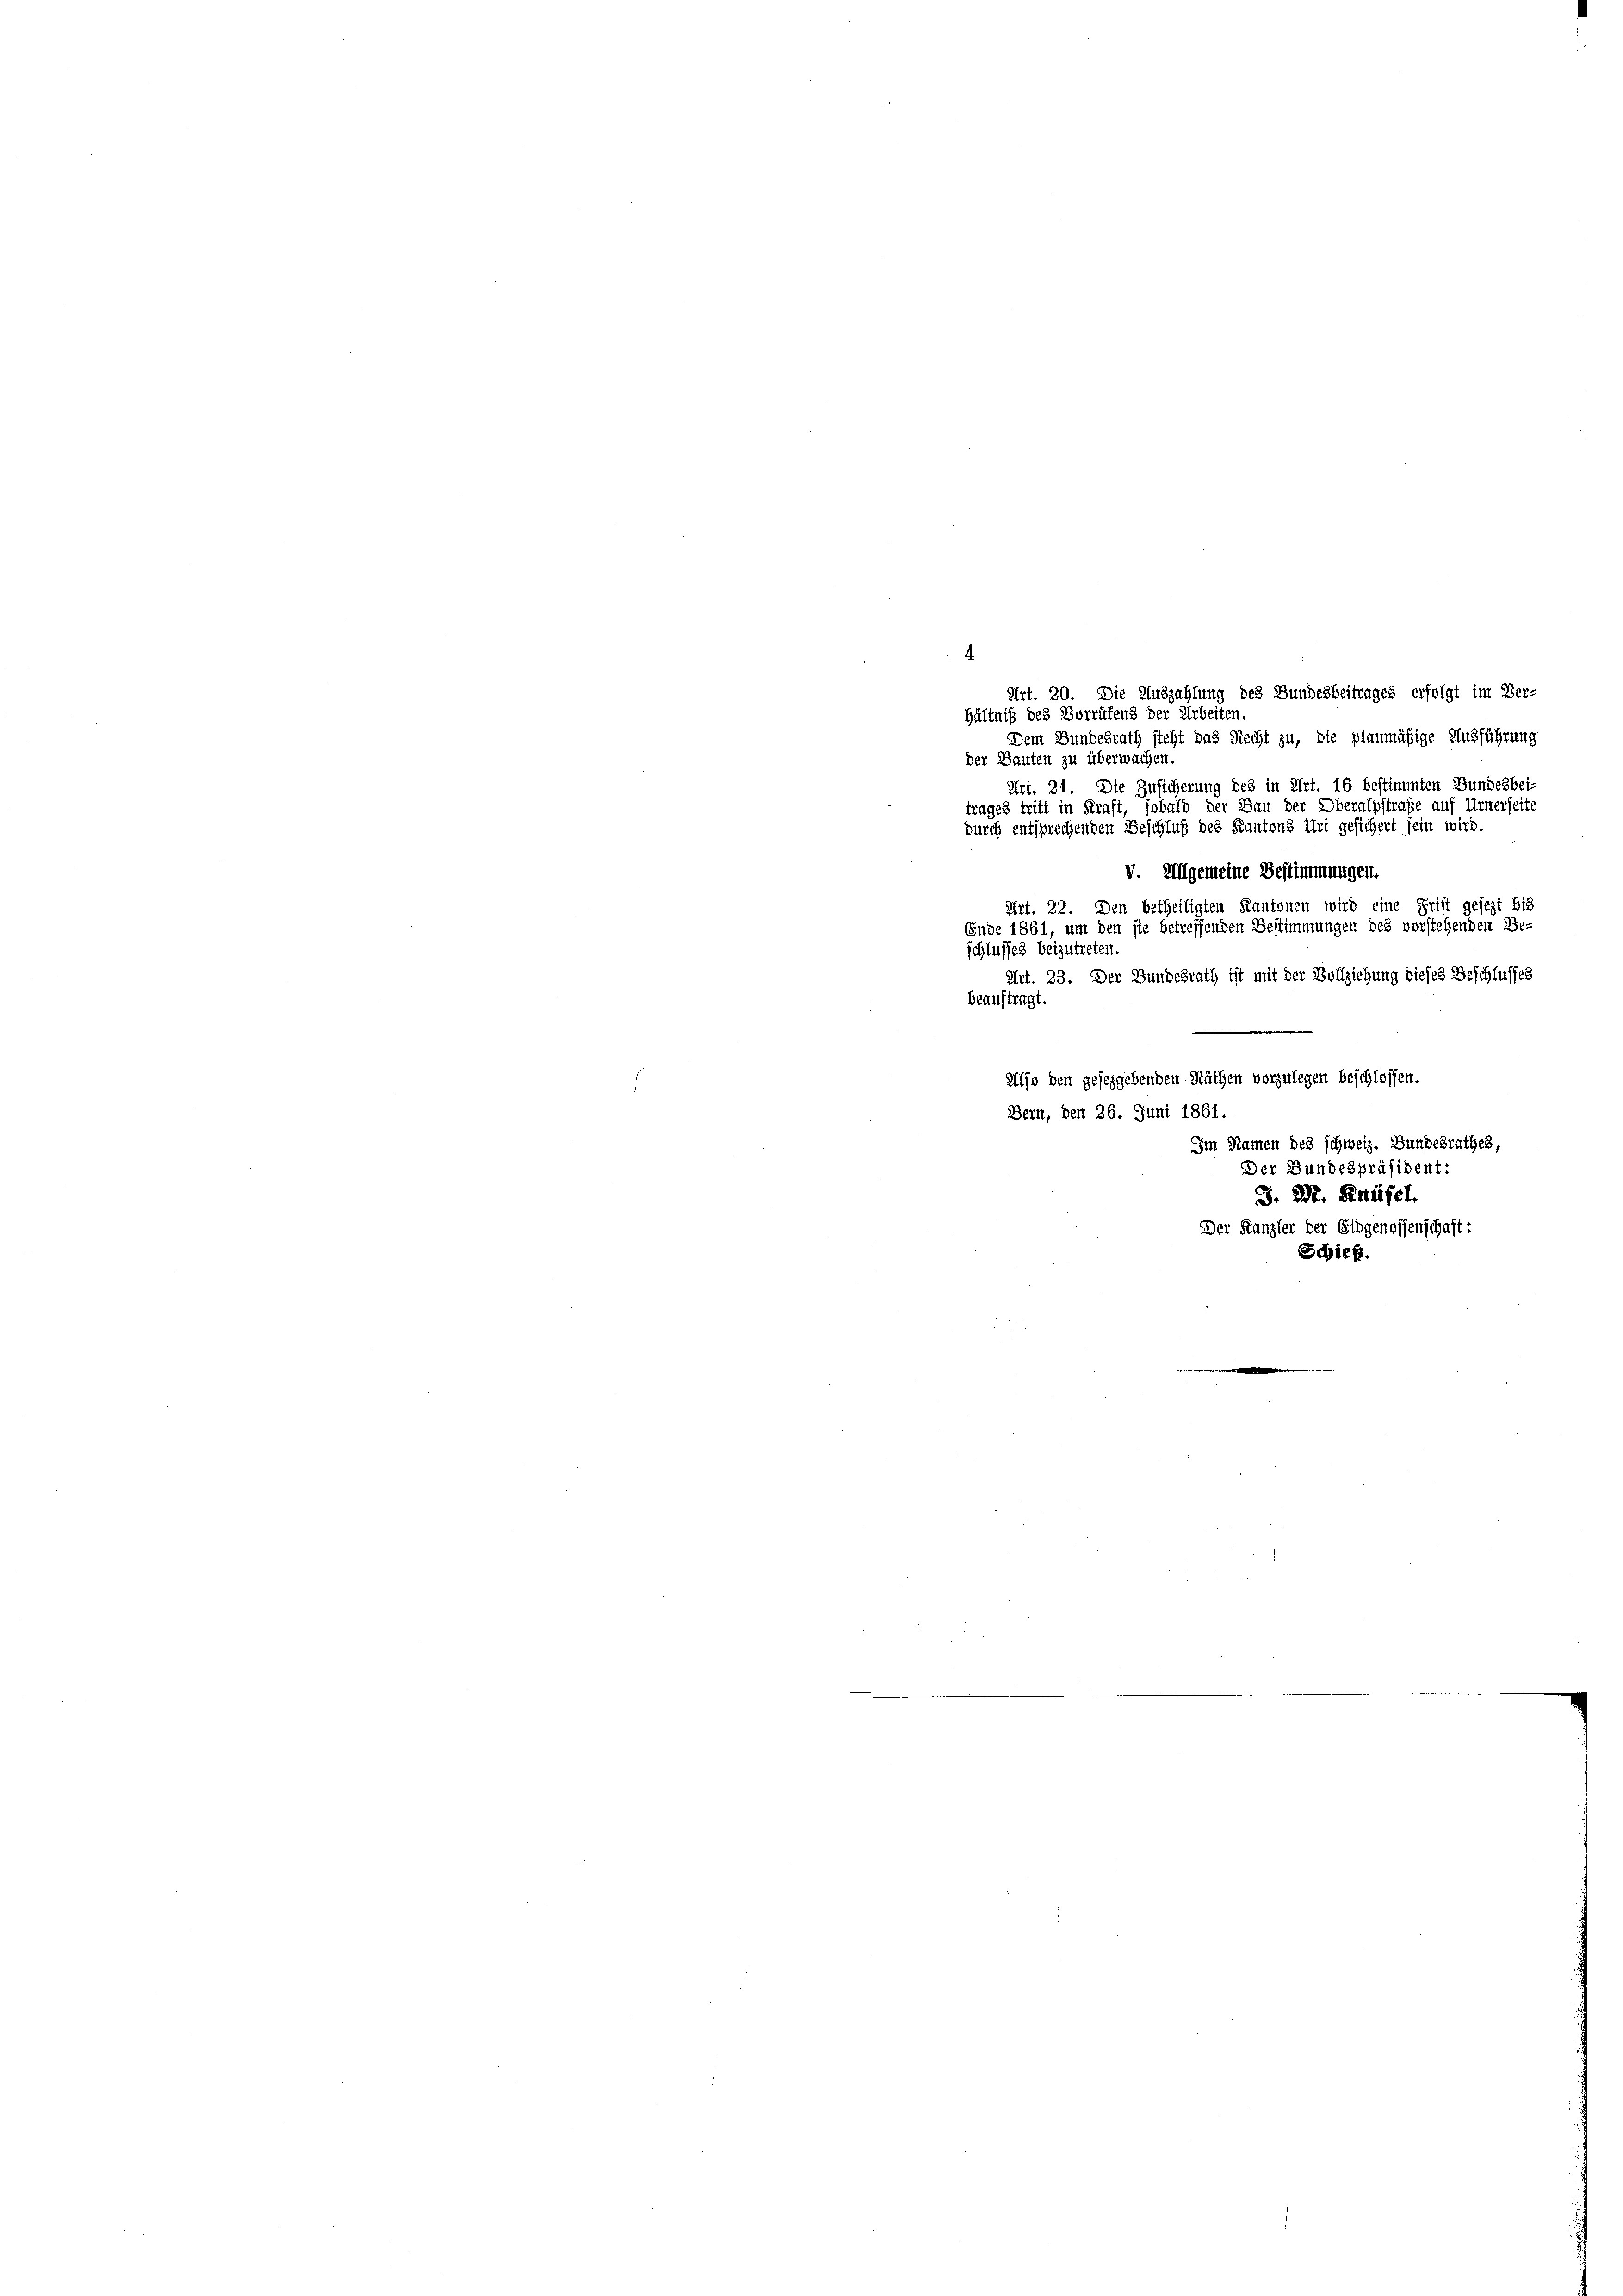
hältniß des Vorrüfend der Arbeiten.
Dem Bundesrath steht das Recht zu, die planmäßige Ausführung
der Bauten zu überwachen.
Art. 21. Die Zusicherung des in Art. 16 bestimmten Bundesbei-
trages tritt in Kraft, sobald der Bau der Oberalpstrafe auf Urnerseite
durch entsprechenden Beschluß des Kantons Art gesichert sein wird.
V. Allgemeine Bestimmungen.
Art. 22. Den betheiligten Kantonen wird eine Frist gesezt bis
Ende 1861, um den ste betreffenden Bestimmungen des vorstehenden Be-
schlusses beizutreten.
Art. 23. Der Bundesrath ist mit der Vollziehung dieses Beschlusses
beauftragt.
Also den geseggebenden Räthen vorzulegen beschlossen.
Bern, den 26. Juni 1861.
Im Namen des schweiz. Bundesrathes,

Art. 20. Die Auszahlung des Bundesbeitrages erfolgt im Ver-

Der Bundespräsident.
S. 27. Genüsel
Der Kanzler der Eidgenossenschaft:
Schief